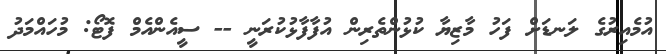
އުމެއިރުގެ ލަނޑަށް ފަހު މާޒިޔާ ކުޅުންތެރިން އުފާފާޅުކުރަނީ -- ސީއެންއެމް ފޮޓޯ: މުހައްމަދު